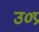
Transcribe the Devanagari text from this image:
उ०प्र